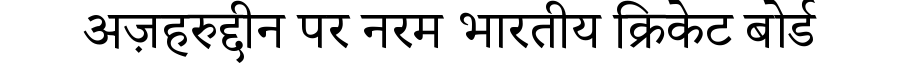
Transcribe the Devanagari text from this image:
अज़हरुद्दीन पर नरम भारतीय क्रिकेट बोर्ड